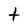
Character: t